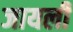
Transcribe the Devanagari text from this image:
जायली